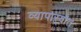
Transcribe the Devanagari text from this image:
व्यापाऱ्यांत